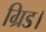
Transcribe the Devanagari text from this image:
ग्रिड।